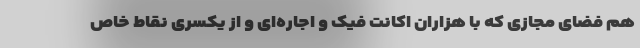
هم فضای مجازی که با هزاران اکانت فیک و اجاره‌ای و از یکسری نقاط خاص